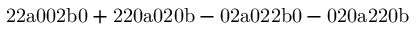
\mathrm { 2 2 a 0 0 2 b 0 + 2 2 0 a 0 2 0 b - 0 2 a 0 2 2 b 0 - 0 2 0 a 2 2 0 b }